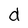
Character: d